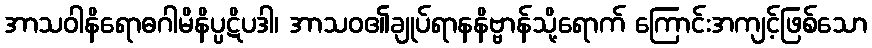
အာသဝါနိရောဓဂါမိနိပ္ပဋိပဒါ၊ အာသဝ၏ချုပ်ရာနနိဗ္ဗာန်သို့ရောက် ကြောင်းအကျင့်ဖြစ်သော